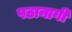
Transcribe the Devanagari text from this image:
पठानागी